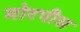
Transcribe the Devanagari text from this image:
मोरपीस